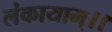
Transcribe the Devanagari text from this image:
लंकायाम्।।